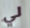
لي